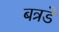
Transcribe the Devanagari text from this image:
बत्रडे